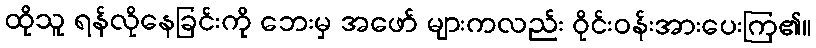
ထိုသူ ရန်လိုနေခြင်းကို ဘေးမှ အဖော် များကလည်း ဝိုင်းဝန်းအားပေးကြ၏။